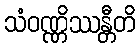
သံဝဏ္ဏိဿန္တီတိ